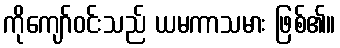
ကိုကျော်ဝင်းသည် ယမကာသမား ဖြစ်၏။